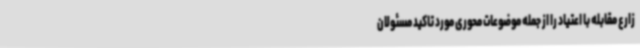
زارع مقابله با اعتیاد را از جمله موضوعات محوری مورد تاکید مسئولان